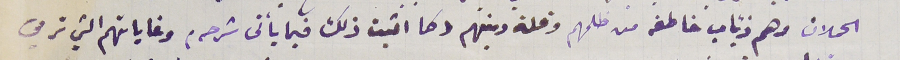
الحملان وهم ذئاب خاطفه من ظلمهم وقلة دينهم وكما اثبت ذلك فيما يأتى شرحه، وغاياتهم التي ترمي